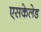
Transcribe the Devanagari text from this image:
एसकेलेड